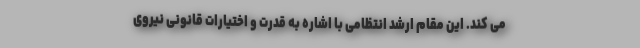
می کند. این مقام ارشد انتظامی با اشاره به قدرت و اختیارات قانونی نیروی